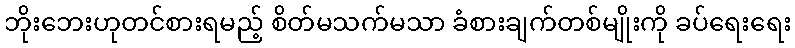
ဘိုးဘေးဟုတင်စားရမည့် စိတ်မသက်မသာ ခံစားချက်တစ်မျိုးကို ခပ်ရေးရေး